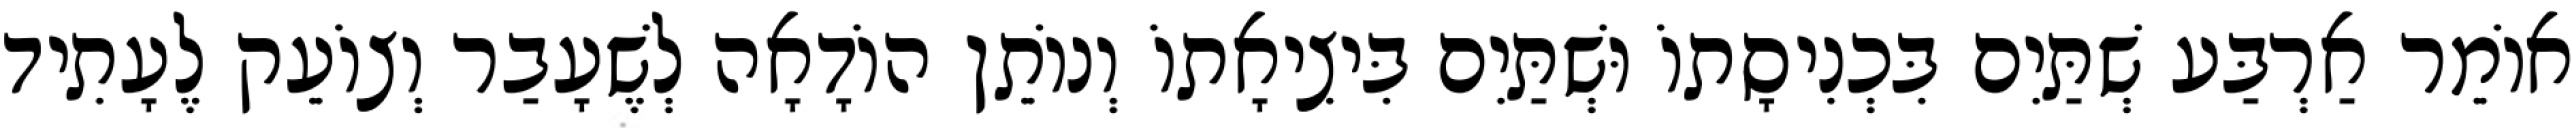
אוֹמֵר אַרְבַּע שְׁתַּיִם בִּכְנִיסָתוֹ וּשְׁתַּיִם בִּיצִיאָתוֹ וְנוֹתֵן הוֹדָאָה לְשֶׁעָבַר וְצוֹעֵק לֶעָתִיד